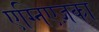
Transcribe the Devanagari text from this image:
एग्निएज़का